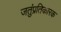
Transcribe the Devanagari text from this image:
जतुंप्रतिकारक